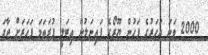
2000 ވަނަ އަހަރުގެ ފަހުން ޔޫރޯގެ ފައިނަލުން އިޓަލީ ފުރަތަމަ ފަހަރަށް ޖާގަ